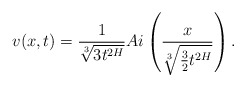
\begin{align*} v(x,t)=\frac{1}{\sqrt[3]{3t^{2H}}}Ai\left(\frac{x}{\sqrt[3]{\frac{3}{2}t^{2H}}}\right). \end{align*}